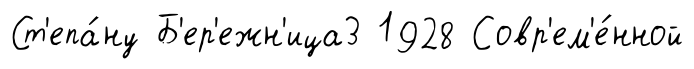
Ст'епа́ну Б'ер'ежн'ица3 1928 Совр'ем'е́нной